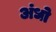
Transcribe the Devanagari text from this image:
अंधो